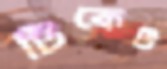
টিকেট